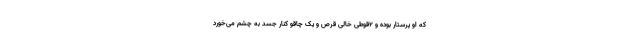
که او پرستار بوده و 2قوطی خالی قرص و یک چاقو کنار جسد به چشم می‌خورد